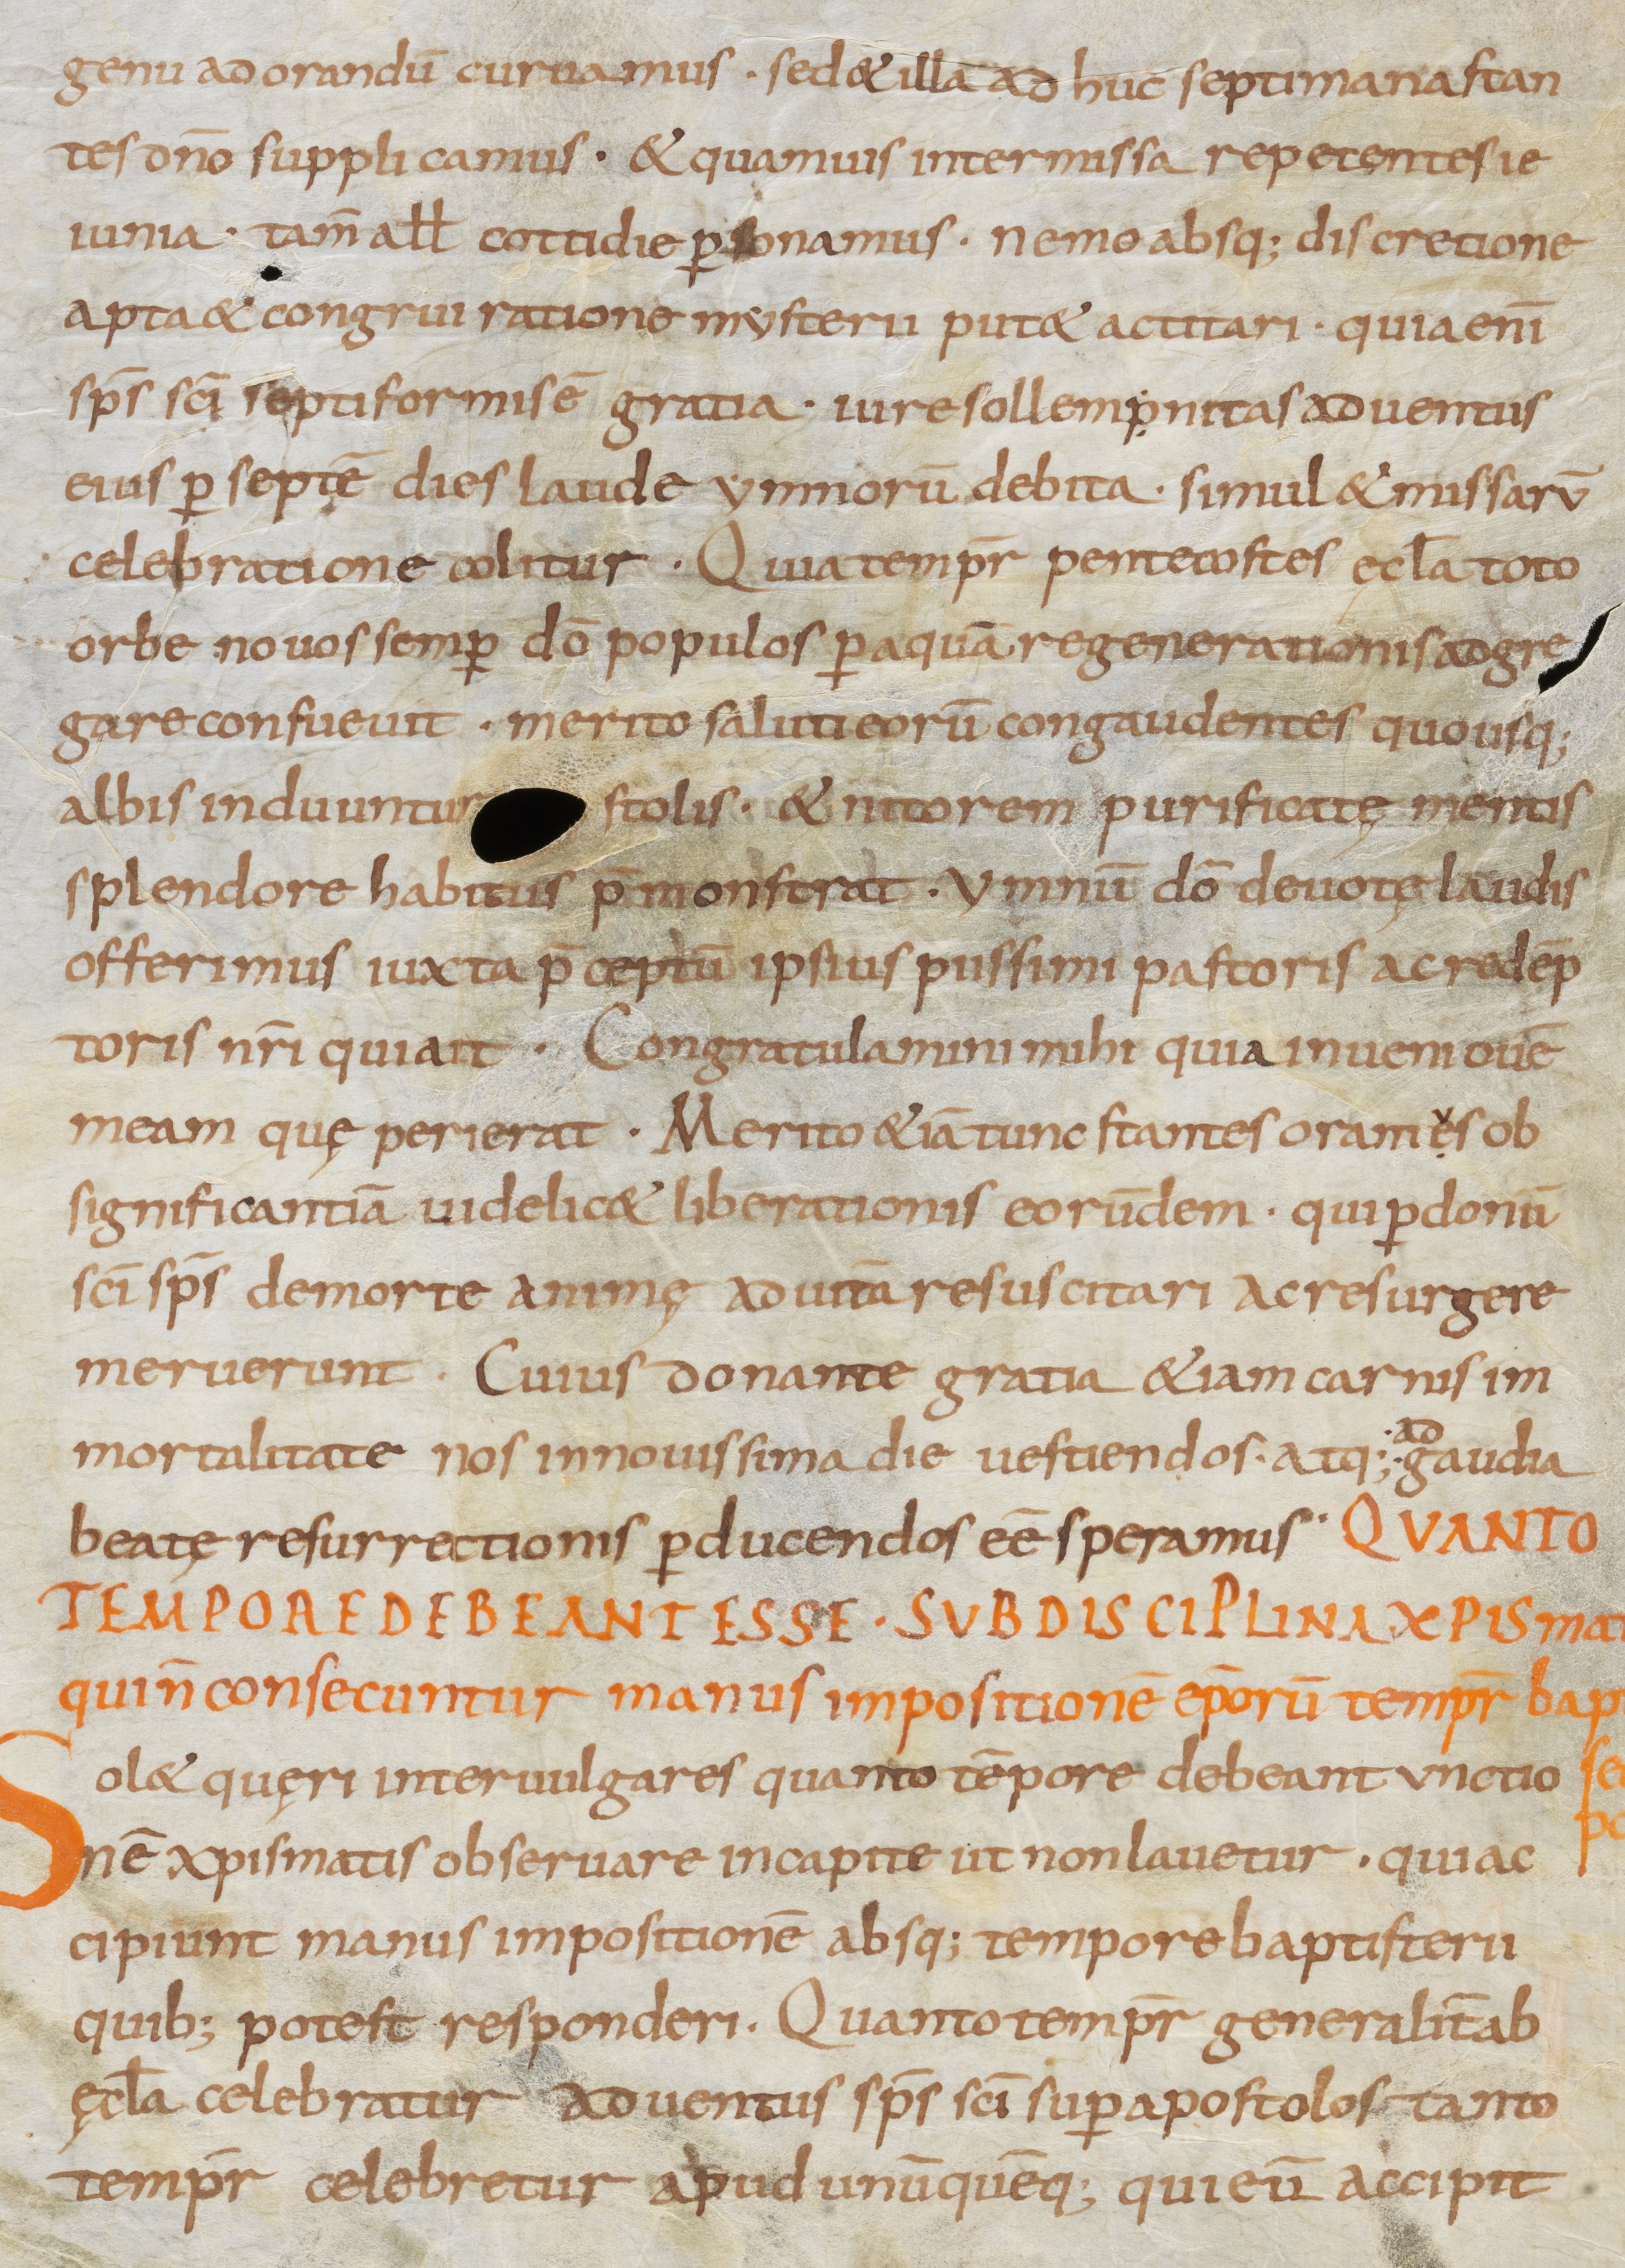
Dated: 800–899